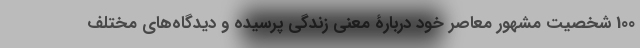
100 شخصیت مشهور معاصر خود دربارۀ معنی زندگی پرسیده و دیدگاه‌های مختلف